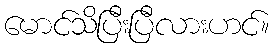
မောင်သိပြီးပြီလားဟင်။